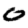
Digit: 0